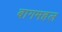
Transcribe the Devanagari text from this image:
बागमहल